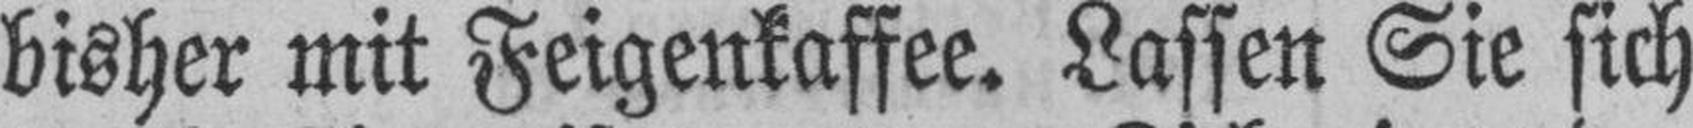
bisher mit Feigenkaffee. Lassen Sie sich